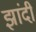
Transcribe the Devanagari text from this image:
झांदी